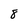
Character: 8